Vaccination report Assam 1896-1927 - 1896-1927
Year: 1896
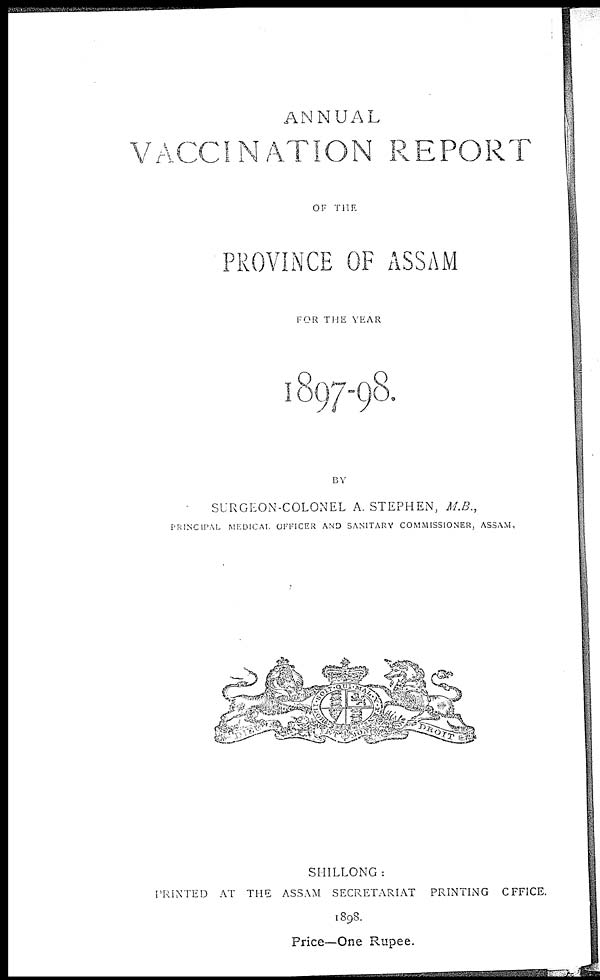
ANNUAL
VACCINATION REPORT
OF THE
PROVINCE OF ASSAM
FOR THE YEAR
1897-98.
BY
SURGEON-COLONEL A. STEPHEN, M.B.,
PRINCIPAL MEDICAL OFFICER AND SANITARY COMMISSIONER, ASSAM.
SHILLONG :
PRINTED AT THE ASSAM SECRETARIAT PRINTING OFFICE.
1898.
Price—One Rupee.